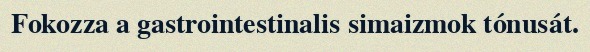
Fokozza a gastrointestinalis simaizmok tónusát.